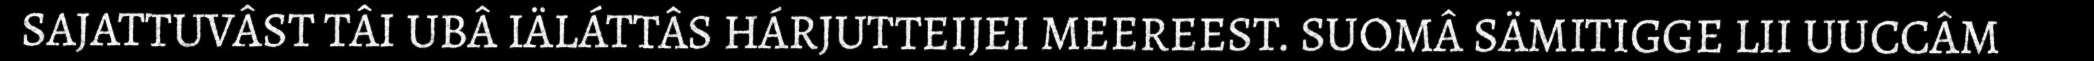
SAJATTUVÂST TÂI UBÂ IÄLÁTTÂS HÁRJUTTEIJEI MEEREEST. SUOMÂ SÄMITIGGE LII UUCCÂM